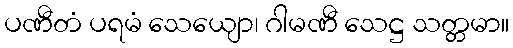
ပဏီတံ ပရမံ သေယျော၊ ဂါမဏီ သေဋ္ဌ သတ္တမာ။